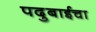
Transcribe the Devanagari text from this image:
पदुबाईचा